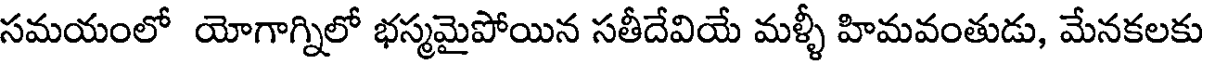
సమయంలో యోగాగ్నిలో భస్మమైపోయిన సతీదేవియే మళ్ళీ హిమవంతుడు, మేనకలకు